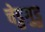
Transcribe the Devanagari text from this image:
चेडुगुडु